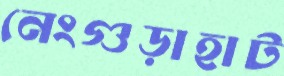
নেংগুড়াহাট